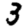
Digit: 3